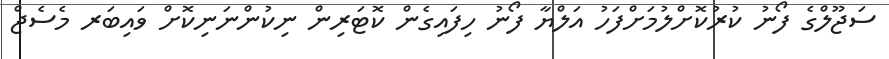
ސަޖޫލްގެ ފޯނު ކުރުކޮށްލުމަށްފަހު އަލްޔާ ފޯނު ހިފައިގެން ކޮޓަރިން ނިކުންނަނިކޮށް ވައިބަރ މެސެޖް